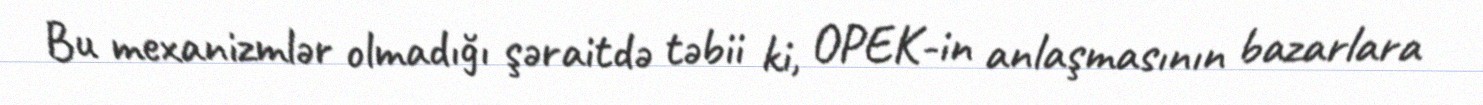
Bu mexanizmlər olmadığı şəraitdə təbii ki, OPEK-in anlaşmasının bazarlara